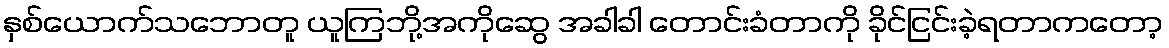
နှစ်ယောက်သဘောတူ ယူကြဘို့အကိုဆွေ အခါခါ တောင်းခံတာကို ခိုင်ငြင်းခဲ့ရတာကတော့